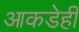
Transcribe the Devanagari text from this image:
आकडेही